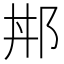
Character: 𨚢